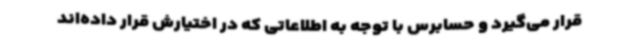
قرار می‌گیرد و حسابرس با توجه به اطلاعاتی که در اختیارش قرار داده‌اند